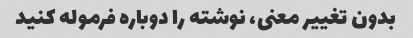
بدون تغییر معنی، نوشته را دوباره فرموله کنید